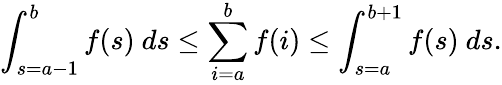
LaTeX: \int_{s=a-1}^{b}f(s)\ ds\leq\sum_{i=a}^{b}f(i)\leq\int_{s=a}^{b+1}f(s)\ ds.